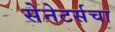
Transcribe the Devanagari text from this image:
सेनेटर्सचा